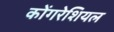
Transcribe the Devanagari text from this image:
कोंगरेशियल